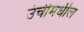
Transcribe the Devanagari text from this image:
उंचीमधील